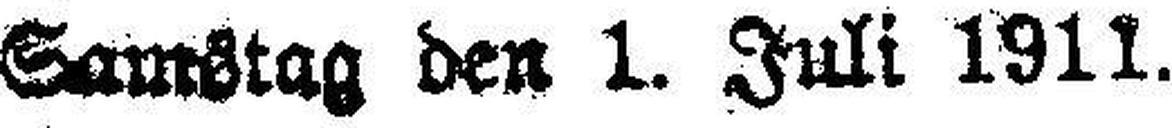
Samstag den 1. Juli 1911.